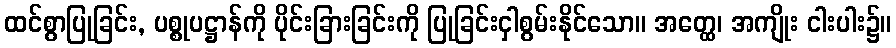
ထင်စွာပြုခြင်း, ပစ္စုပဋ္ဌာန်ကို ပိုင်းခြားခြင်းကို ပြုခြင်းငှါစွမ်းနိုင်သော။ အတ္ထေ၊ အကျိုး ငါးပါး၌။